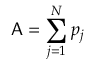
\mathsf { A } = \sum _ { j = 1 } ^ { N } p _ { j }